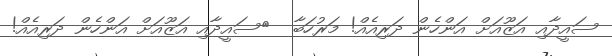
ސައީދާއި އަޒޫއަށް އަންހެން ދަރިއެއް! މަރުހަބާ  	ސައީދާއި އަޒޫއަށް އަންހެން ދަރިއެއް!